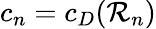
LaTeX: c_{n}=c_{D}({\cal R}_{n})